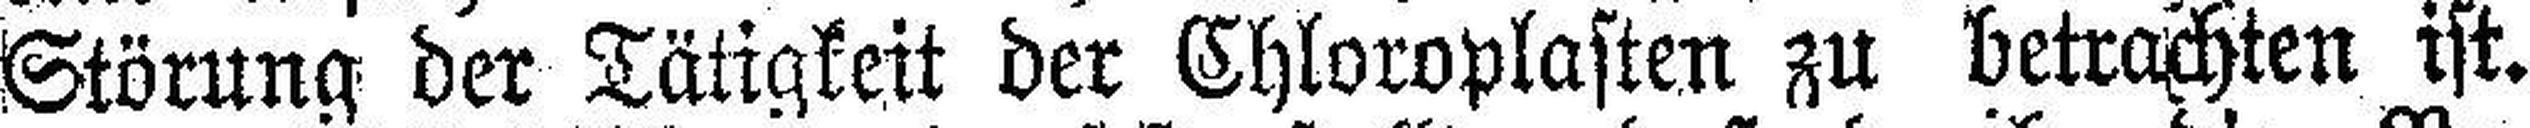
Störung der Tätigkeit der Chloroplasten zu betrachten ist.